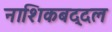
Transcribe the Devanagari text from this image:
नाशिकबद्दल